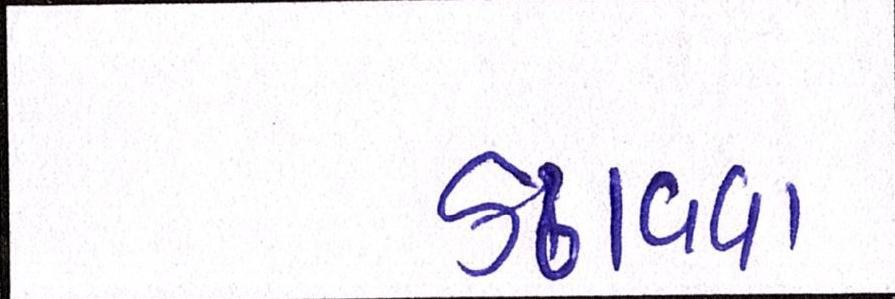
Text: કઢાવવા